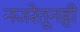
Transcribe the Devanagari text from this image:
नजरेतूनही